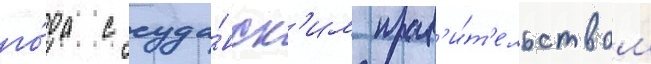
го́да с суда́нск'им прав'и́т'ельством